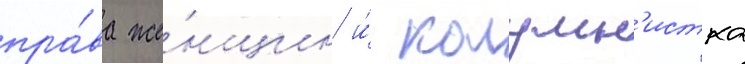
пра́ва же́нщин и́ колумн'истка